Bombay plague: being a history of the progress of plague in the Bombay presidency from September 1896 to June 1899
Year: 1896
Disease focus: Plague
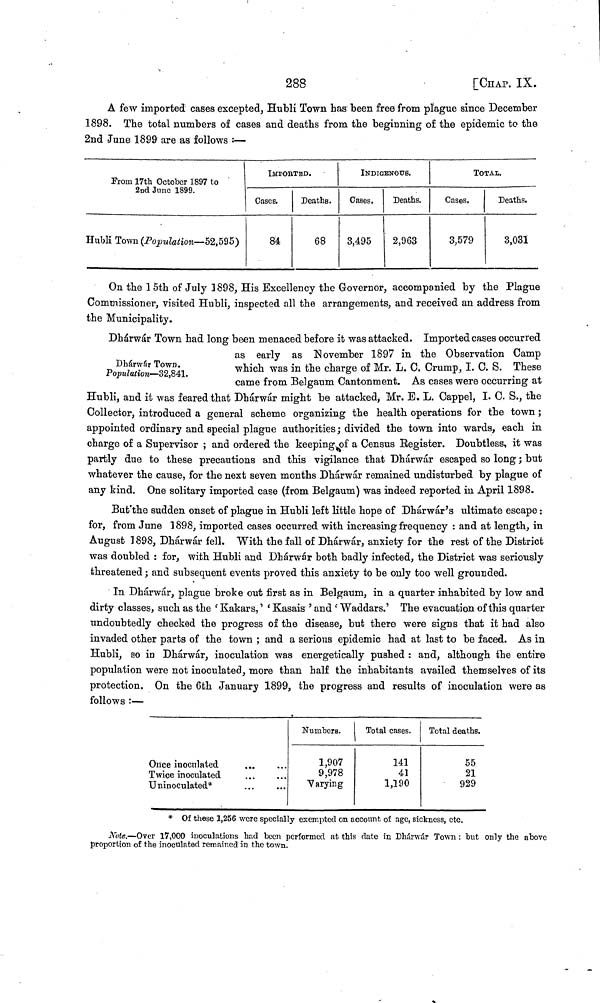
288
[CHAP. IX.
A few imported cases excepted, Hubli Town has been free from plague since December
1898. The total numbers of cases and deaths from the beginning of the epidemic to the
2nd June 1899 are as follows :—
From 17th October 1897 to
2nd June 1899.
Hubli Town (Population— 52,595)
IMPOR TED.
INDIGENOUS.
To ΓAL
Cases.
84
Deaths.
68
Cases.
3,495
Deaths.
2,963
Cases.
3,579
Deaths.
3,031
On the 1 5th of July 1898, His Excellency the Governor, accompanied by the Plague
Commissioner, visited Hubli, inspected all the arrangements, and received an address from
the Municipality.
Dhárwár Town.
Population—32,841.
Dhárwár Town had long been menaced before it was attacked. Imported cases occurred
as early as November 1897 in the Observation Camp
which was in the charge of Mr. L. C. Crump, I. C. S. These
came from Belgaum Cantonment. As cases were occurring at
Hubli, and it was feared that Dhárwár might be attacked, Mr. E. L. Cappel, I.C.S., the
Collector, introduced a general scheme organizing the health, operations for the town ;
appointed ordinary and special plague authorities; divided the town into wards, each in
charge of a Supervisor ; and ordered the keeping of a Census Register. Doubtless, it was
partly due to these precautions and this vigilance that Dhárwár escaped so long ; but
whatever the cause, for the next seven months Dhárwár remained undisturbed by plague of
any kind. One solitary imported case (from Belgaum) was indeed reported in April 1898.
But the sudden onset of plague in Hubli left little hope of Dhárwár's ultimate escape :
for, from June 1898, imported cases occurred with increasing frequency : and at length, in
August 1898, Dhárwár fell. With the fall of Dhárwár, anxiety for the rest of the District
was doubled : for, with Hubli and Dhárwár both badly infected, the District was seriously
threatened ; and subsequent events proved this anxiety to be only too well grounded.
In Dhárwár, plague broke out first as in Belgaum, in a quarter inhabited by low and
dirty classes, such as the 'Kakars,' 'Kasais' and 'Waddars.' The evacuation of this quarter
undoubtedly checked the progress of the disease, but there were signs that it had also
invaded other parts of the town ; and a serious epidemic had at last to be faced. As in
Hubli, so in Dhárwár, inoculation was energetically pushed : and, although the entire
population were not inoculated, more than half the inhabitants availed themselves of its
protection. On the 6th January 1899, the progress and results of inoculation were as
follows :—
Once inoculated
Twice inoculated
Uninoculated*
...
...
...
...
Numbers.
1,907
9,978
Varying
Total cases.
141
λ 1
41
1,190
Total deaths.
55
21
929
* Of these 1, 256 were specially exempted on account of age, sickness, etc.
Note.—Over 17,000 inoculations had been performed at this date in Dhárwár Town : but only the above
proportion of the inoculated remained in the town.